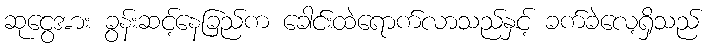
ဆုငွေအား ခွန်းဆင့်နေခြည်က ခေါင်းထဲရောက်လာသည်နှင့် ခက်ခဲလေ့ရှိသည်